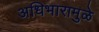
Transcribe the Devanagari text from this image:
अधिभारामुळे